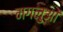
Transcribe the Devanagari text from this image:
मगलुओं